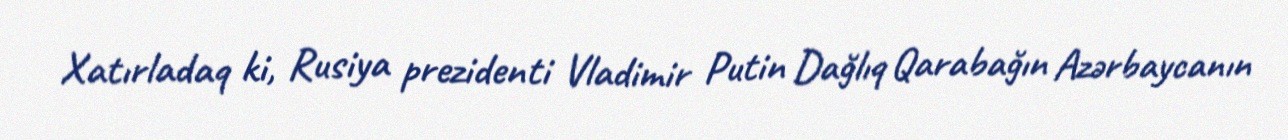
Xatırladaq ki, Rusiya prezidenti Vladimir Putin Dağlıq Qarabağın Azərbaycanın